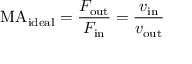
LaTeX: \mathrm { M A } _ { \mathrm { i d e a l } } = { \frac { F _ { \mathrm { o u t } } } { F _ { \mathrm { i n } } } } = { \frac { v _ { \mathrm { i n } } } { v _ { \mathrm { o u t } } } }